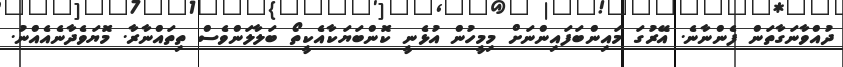
ދުއްވާނަގާތަން ފެންނާނެ. އޭރުގަ މައިންބަފައިންނަށް މިމީހުން އުޅެނީ ކޮންބަޔަކާއެކީތޯ ބަލާލަންވެސް ތިތައްނާރާ. މޮޔަވެދާނެއެއްނު.